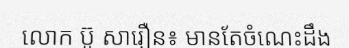
លោក ប៊ូ សារឿន៖ មានតែចំណេះដឹង